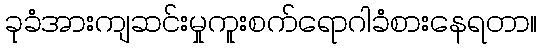
ခုခံအားကျဆင်းမှုကူးစက်ရောဂါခံစားနေရတာ။